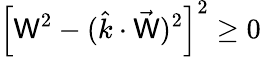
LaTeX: \left[\mathsf{W}^{2}-(\hat{{k}}\cdot\vec{{\mathsf{W}}})^{2}\right]^{2}\ge0